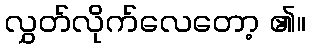
လွှတ်လိုက်လေတော့ ၏။